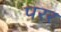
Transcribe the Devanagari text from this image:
परर